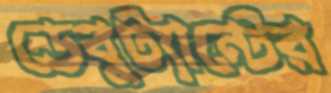
ডেবুট্যান্টের